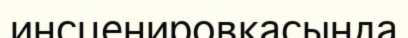
инсценировкасында